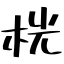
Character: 桄